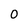
Character: 0